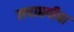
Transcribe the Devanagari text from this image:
लपाछपीचा